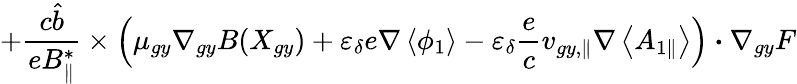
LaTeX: +\frac{c\hat{b}}{eB_{\parallel}^{*}}\times\left(\mu_{gy}\nabla_{gy}B(X_{gy})+\varepsilon_{\delta}e\nabla\left<\phi_{1}\right>-\varepsilon_{\delta}\frac{e}{c}{v}_{gy,\parallel}\nabla\left<A_{1\parallel}\right>\right)\boldsymbol{\cdot}\nabla_{gy}F